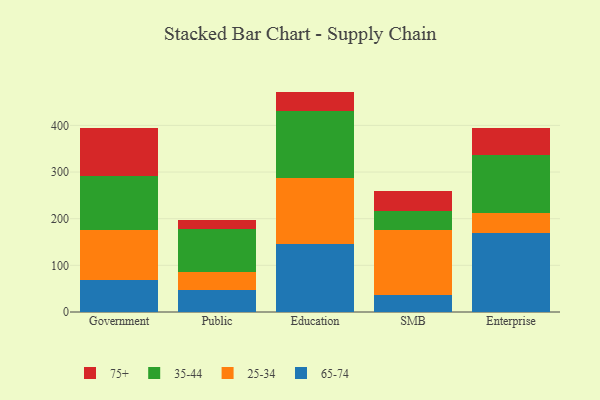
{"axis": {"x": "Segment", "y": "Website Visitors"}, "legend": ["25-34", "35-44", "65-74", "75+"], "data": [{"x": "Government", "y": 68.6, "type": "65-74"}, {"x": "Government", "y": 107.2, "type": "25-34"}, {"x": "Government", "y": 115.2, "type": "35-44"}, {"x": "Government", "y": 104.4, "type": "75+"}, {"x": "Public", "y": 47.4, "type": "65-74"}, {"x": "Public", "y": 38.0, "type": "25-34"}, {"x": "Public", "y": 91.6, "type": "35-44"}, {"x": "Public", "y": 19.8, "type": "75+"}, {"x": "Education", "y": 146.8, "type": "65-74"}, {"x": "Education", "y": 140.4, "type": "25-34"}, {"x": "Education", "y": 143.8, "type": "35-44"}, {"x": "Education", "y": 41.5, "type": "75+"}, {"x": "SMB", "y": 36.3, "type": "65-74"}, {"x": "SMB", "y": 139.1, "type": "25-34"}, {"x": "SMB", "y": 40.8, "type": "35-44"}, {"x": "SMB", "y": 43.7, "type": "75+"}, {"x": "Enterprise", "y": 169.5, "type": "65-74"}, {"x": "Enterprise", "y": 41.8, "type": "25-34"}, {"x": "Enterprise", "y": 124.6, "type": "35-44"}, {"x": "Enterprise", "y": 58.4, "type": "75+"}]}